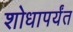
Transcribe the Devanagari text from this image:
शोधापर्यंत